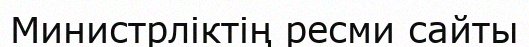
Министрліктің ресми сайты